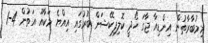
މިމުބާރާތުން އިންޑިއާ ޖާގަ ހޯދީ ކޮލިފިކޭޝަން ބުރުގައި އިއްޔެ މަކާއޫ އަތުން 4-1